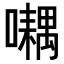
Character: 𡂮